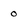
Character: o